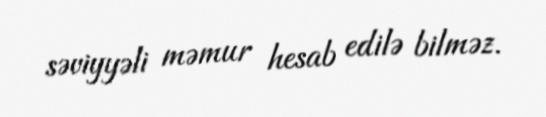
səviyyəli məmur hesab edilə bilməz.